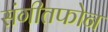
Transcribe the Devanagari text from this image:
संगीतफोन